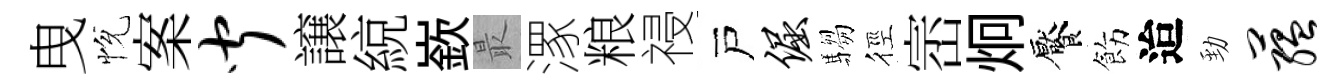
曳恱案闻譲綂嶔最潈粮祲戸倔騶徑崈炯饜飭迨勁蕴